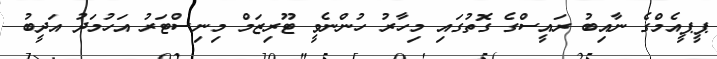
ޕީޕީއެމްގެ ނާއިބު ރައީސްގެ ގޮތުގައި މިހާރު ހުންނެވީ ޓޫރިޒަމް މިނިސްޓަރު އަހުމަދު އަދީބު